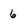
Character: 6